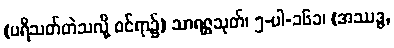
(ပရိသတ်တဲသလို့ ဝင်ရာ၌) သာရဇ္ဇသုတ်၊ ၅-ပါ-၁၆၁၊ (အဿဒ္ဓ,